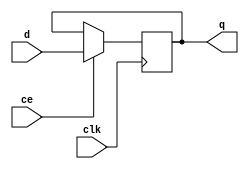
`timescale 1ns / 1ps
//////////////////////////////////////////////////////////////////////////////////
// Company: 
// Engineer: 
// 
// Design Name: 
// Module Name: register
// Project Name: 
// Target Devices: 
// Tool Versions: 
// Description: 
// 
// Dependencies: 
// 
// Revision:
// Revision 0.01 - File Created
// Additional Comments:
// 
//////////////////////////////////////////////////////////////////////////////////


module register#
(
    parameter N = 0
)
(
    input clk,
    input ce,
    input [N-1:0]d,
    output [N-1:0]q
);
reg [N-1:0]val=1'b0;
always @(posedge clk)
begin
    if(ce) val<=d;
    else val<=val;
end
assign q=val;
endmodule